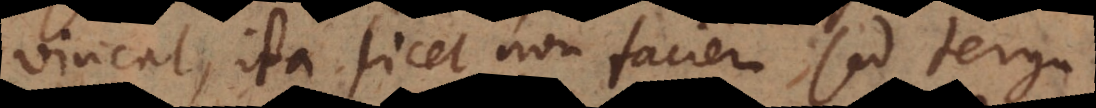
vincat, ita licet non faciem sed terga